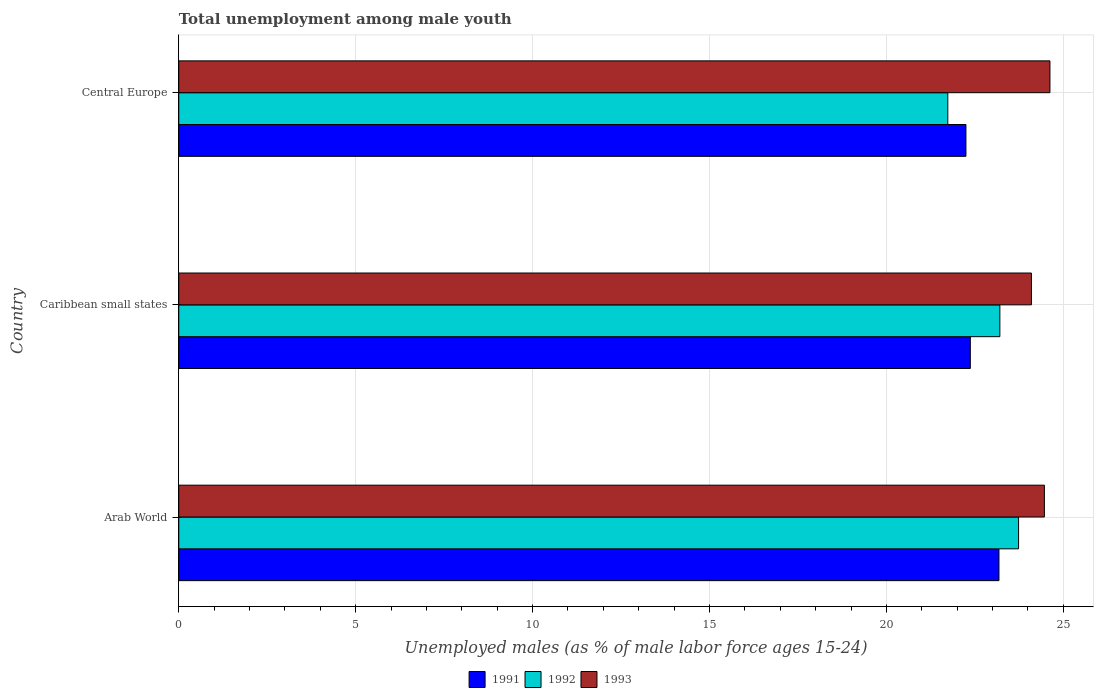
| Country | 1991 | 1992 | 1993 |
 | --- | --- | --- | --- |
 | Arab World | 23.2 | 23.7 | 24.5 |
 | Caribbean small states | 22.4 | 23.2 | 24.1 |
 | Central Europe | 22.2 | 21.7 | 24.6 |